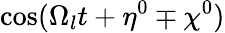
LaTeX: \cos(\Omega_{l}t+\eta^{0}\mp\chi^{0})